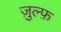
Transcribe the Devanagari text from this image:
ज़ुल्फ़